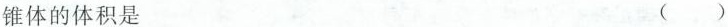
锥体的体积是 ()